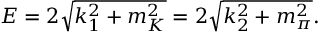
E = 2 \sqrt { k _ { 1 } ^ { 2 } + m _ { K } ^ { 2 } } = 2 \sqrt { k _ { 2 } ^ { 2 } + m _ { \pi } ^ { 2 } } .